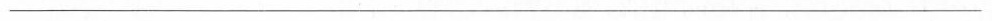
______